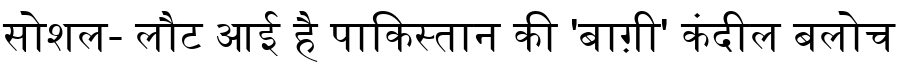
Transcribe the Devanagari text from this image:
सोशल- लौट आई है पाकिस्तान की 'बाग़ी' कंदील बलोच